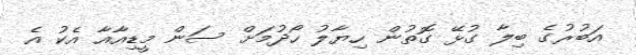
އަބުރުގެ ބިލާ ގުޅޭ ގޮތުން ހިޔާލު ހޯދުމަށް ސަން މީޑިއާއާ އެކު އެ